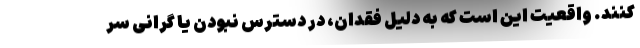
کنند. واقعیت این است که به دلیل فقدان، در دسترس نبودن یا گرانی سر